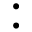
: